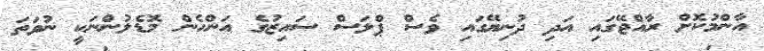
އާންމުކޮށް ރާއްޖޭގައި އަދި ދުނިޔޭގައި ވެސް ޕްލަސް ސައިޒުގެ އަންހެން މޮޑެލުންނަކީ ނުވަތަ